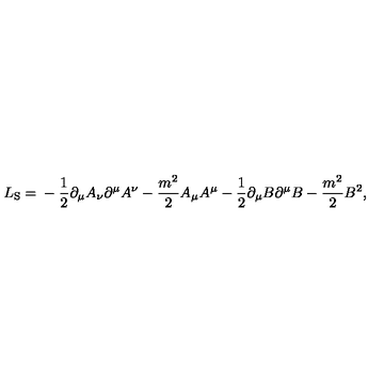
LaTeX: L _ { \mathrm { S } } = \mathrm { } - \frac { 1 } { 2 } \partial _ { \mu } A _ { \nu } \partial ^ { \mu } A ^ { \nu } - \frac { m ^ { 2 } } { 2 } A _ { \mu } A ^ { \mu } - \frac { 1 } { 2 } \partial _ { \mu } B \partial ^ { \mu } B - \frac { m ^ { 2 } } { 2 } B ^ { 2 } ,